Uue-Poltsamaa_vallakohus, lk 66
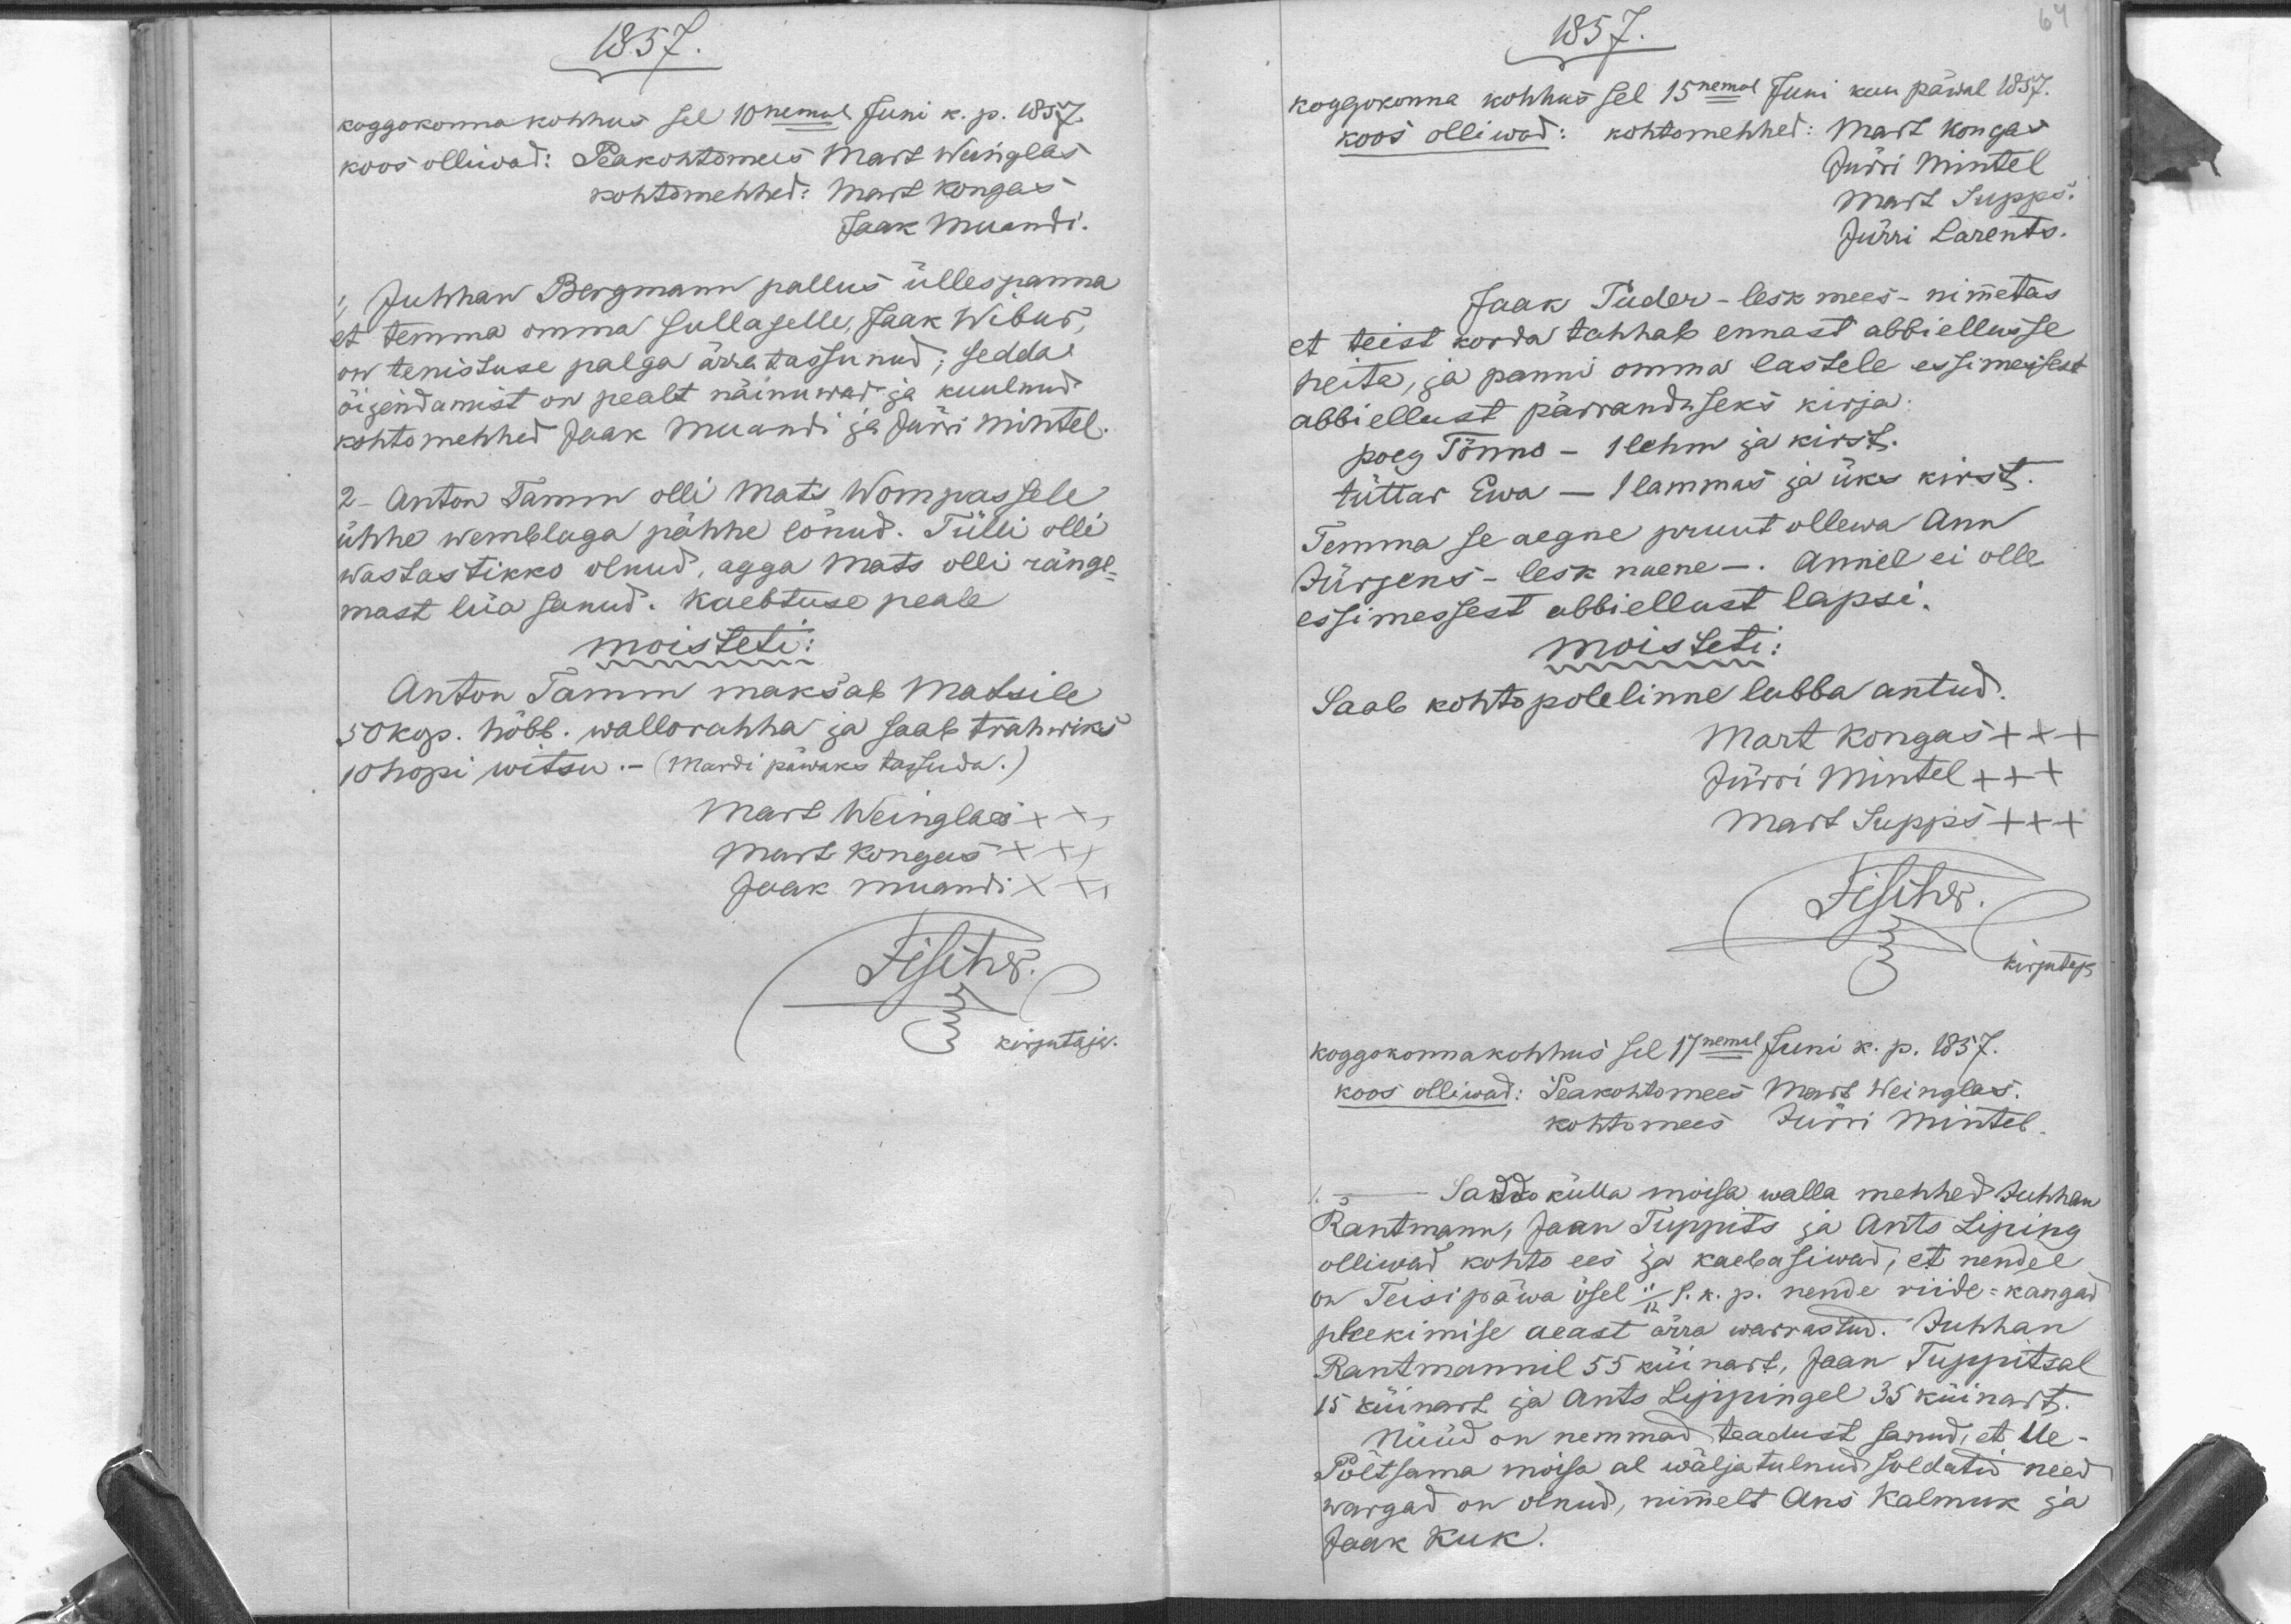
1857.
Koggokonna kohhus sel 10nemal Juni k. p. 1857.
koos olliwad: Peakohtomees Mart Weinglas
kohtomehhed: Mart Kongas
Jaak Muandi.
1) Juhhan Bergmann pallus üllespanna
et temma omma sullaselle, Jaak Wibur,
on tenistuse palga ärra tassunud, sedda
õijendamist on pealt näinuwad ja kuulnud
kohtomehhed Jaak Muandi ja Jürri Mintel.
2 - Anton Tamm olli Mats Wompassele
ühhe wemblaga pähhe lönud. Tülli olli
Wastastikko olnud, agga Mats olli ränge-
mast lüa sanud. Kaebtuse peale
moisteti:
Anton Tamm maksab Matsile
50 kop. hõbb. wallorahha ja saab trahwriks
10 hopi witsu. - (Mardi päwaks tassuda.)
Mart Weinglas X
XX
Mart Kongas XXX
Jaak Muandi X

1857.
kuu päwal 1857.
koggokonna kohhos sel 15nemal Juni
Mart Kongas
koos olliwad: kohtomehhed:
Jürri Mintel
Mart Supps.
Jürri Larents.
Jaak Puder - lesk mees - nimetas
et teist korda tahhab ennast abbiellusse
heita, ja panni omma lastele essimessest
abbiellust pärranduseks kirja:
poeg Tönno - 1 lehm ja kirst.
tüttar Ewa - 1 lammas ja üks kirst.
Temma se aegne pruut ollewa Ann
Jürjens - lesk naene-. Annel ei olle
essimessest abbiellust lapsi.
moisteti:
Saab kohtopolelinne lubba antud.
Mart Kongas XXX
Jürri Mintel XXX
Mart Supps XXX
kirjutaja
Koggokonna kohhus sel 17nemal Juni k. p. 1857.
koos olliwad: Peakohtomees Mart Weinglas.
kohtomees Jürri Mintel.
Saddokülla moisa walla mehhed Juhhan
Rantmann, Jaan Tuppits ja Ants Liping
olliwad kohto ees ja kaebasiwad, et nendel
on Teisipäwa ösel 11/12 s. k. p. nende riide-kangad
pleekimise aeast ärra warrastud. Juhhan
Rantmannil 55 küinart, Jaan Tuppitsal
15 küinart ja Ants Lippingel 35 küinart.
Nüüd on nemmad teadust sanud, et Ue-
Põltsama moisa al wäljatulnud soldatid need
wargad on olnud, nimmelt Ans Kalmuk ja
Jaak Kuk.